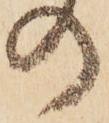
の